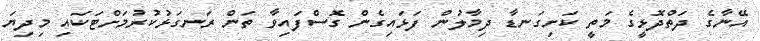
އޭނާގެ ދަތްދޮޅީގެ މަތީ ކަށިގަނޑާ ދިމާލުން ފަޅައިގެން ގޮސްފައިވާ ތަން ރަނގަޅުކުރުމަށްޓަކައި މިދިޔަ